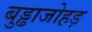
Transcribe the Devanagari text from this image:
बुड्ढाजोहड़